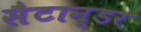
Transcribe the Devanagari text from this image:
सैटान्डर